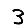
Digit: 3